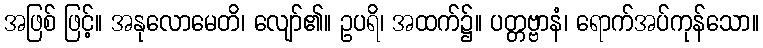
အဖြစ် ဖြင့်။ အနုလောမေတိ၊ လျော်၏။ ဥပရိ၊ အထက်၌။ ပတ္တဗ္ဗာနံ၊ ရောက်အပ်ကုန်သော။